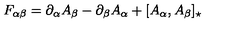
F _ { \alpha \beta } = \partial _ { \alpha } A _ { \beta } - \partial _ { \beta } A _ { \alpha } + [ A _ { \alpha } , A _ { \beta } ] _ { \star }